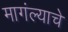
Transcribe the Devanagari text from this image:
मागंल्याचे